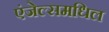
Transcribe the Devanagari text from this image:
एंजेल्समधिल